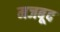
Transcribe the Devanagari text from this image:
मजबूद